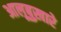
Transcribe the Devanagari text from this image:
आलूबुख़ारे